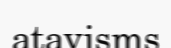
atavisms